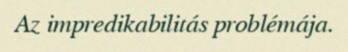
Az impredikabilitás problémája.